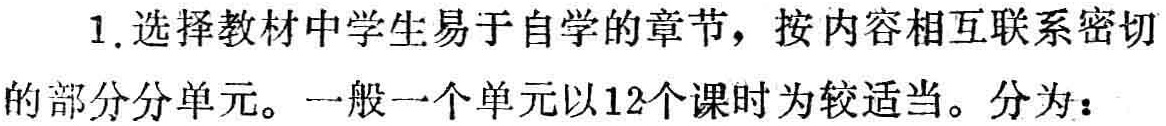
1. 选择教材中学生易于自学的章节，按内容相互联系密切的部分分单元。一般一个单元以12个课时为较适当。分为：